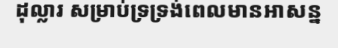
ដុល្លារ សម្រាប់ទ្រទ្រង់ពេលមានអាសន្ន